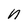
Character: n